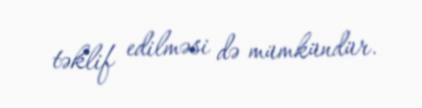
təklif edilməsi də mümkündür.